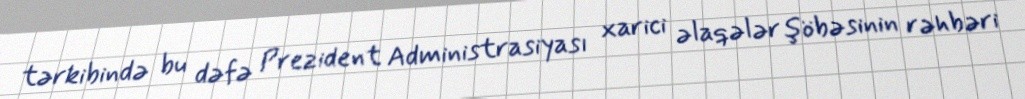
tərkibində bu dəfə Prezident Administrasiyası xarici əlaqələr şöbəsinin rəhbəri